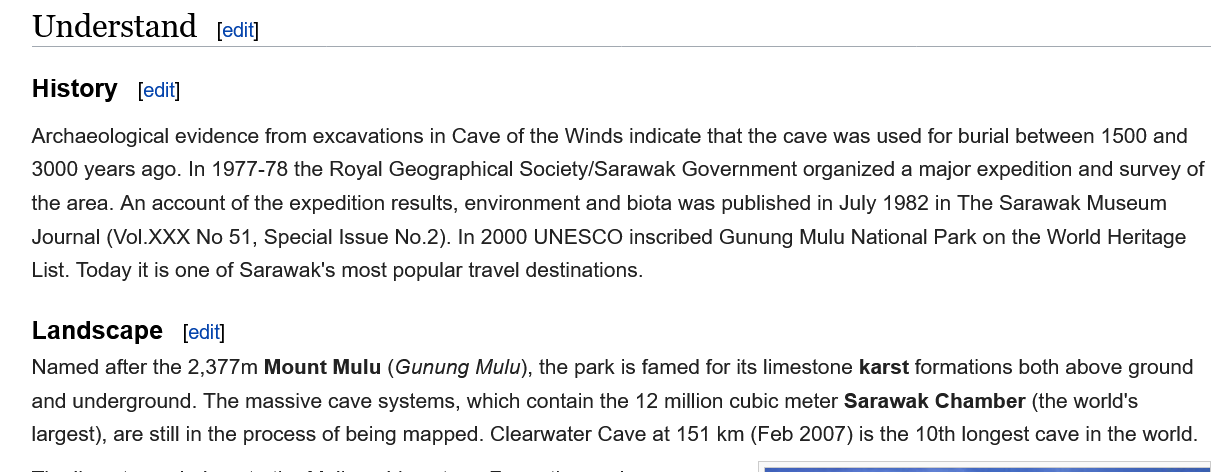
Understand
   History
   Landscape
   Archaeological evidence from excavations in Cave of the Winds indicate that the cave was used for burial between 1500 and
   3000 years ago. In 1977-78 the Royal Geographical Society/Sarawak Government organized a major expedition and survey of
   the area. An account of the expedition results, environment and biota was published in July 1982 in The Sarawak Museum
   Journal (Vol.XXX No 51, Special Issue No.2). In 2000 UNESCO inscribed Gunung Mulu National Park on the World Heritage
   List. Today it is one of Sarawak's most popular travel destinations.
   Named after the 2,377m Mount Mulu (Gunung Mulu), the park is famed for its limestone karst formations both above ground
   and underground. The massive cave systems, which contain the 12 million cubic meter Sarawak Chamber (the world's
   largest), are still in the process of being mapped. Clearwater Cave at 151 km (Feb 2007) is the 10th longest cave in the world.